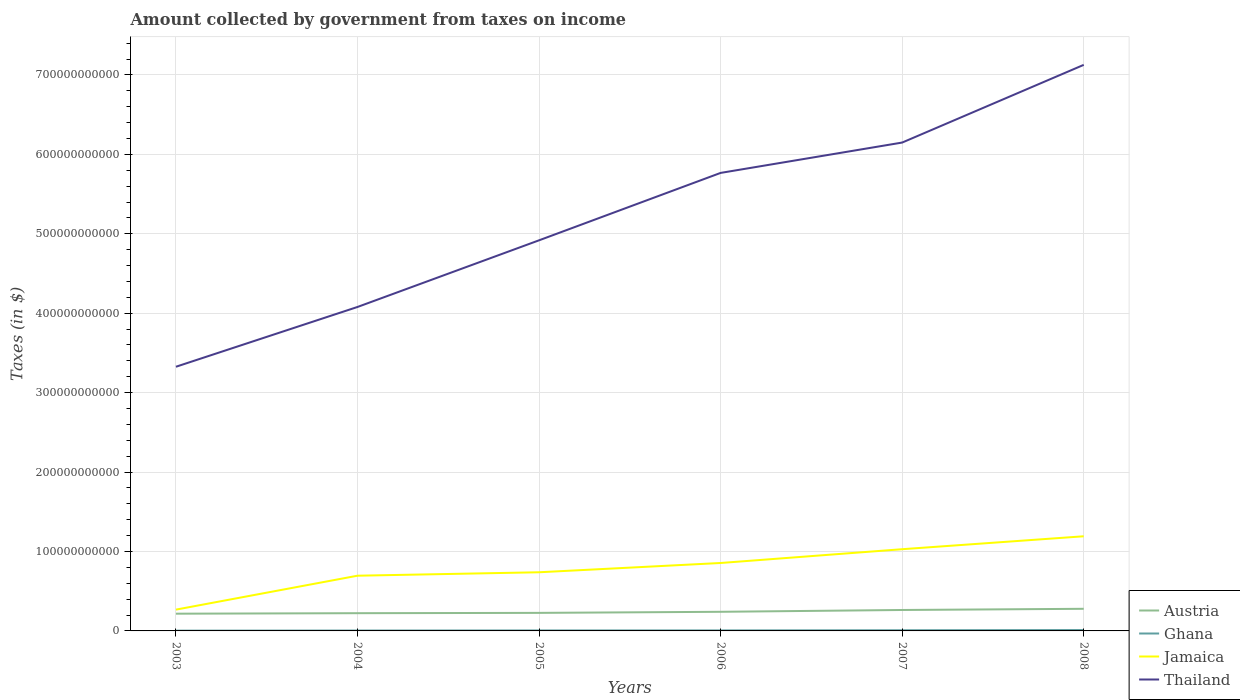
| Years | Austria | Ghana | Jamaica | Thailand |
 | --- | --- | --- | --- | --- |
 | 2003 | 2.17e+10 | 3.57e+08 | 2.68e+10 | 3.33e+11 |
 | 2004 | 2.23e+10 | 4.86e+08 | 6.95e+10 | 4.08e+11 |
 | 2005 | 2.27e+10 | 6.09e+08 | 7.38e+10 | 4.92e+11 |
 | 2006 | 2.41e+10 | 6.58e+08 | 8.55e+10 | 5.77e+11 |
 | 2007 | 2.64e+10 | 8.57e+08 | 1.03e+11 | 6.15e+11 |
 | 2008 | 2.79e+10 | 1.13e+09 | 1.19e+11 | 7.13e+11 |